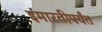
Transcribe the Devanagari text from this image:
इमारतीपर्यंत